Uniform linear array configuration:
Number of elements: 12
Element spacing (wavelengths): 1
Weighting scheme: hamming
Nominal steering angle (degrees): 15
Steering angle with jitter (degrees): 16.007
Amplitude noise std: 0.05
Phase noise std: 0.05

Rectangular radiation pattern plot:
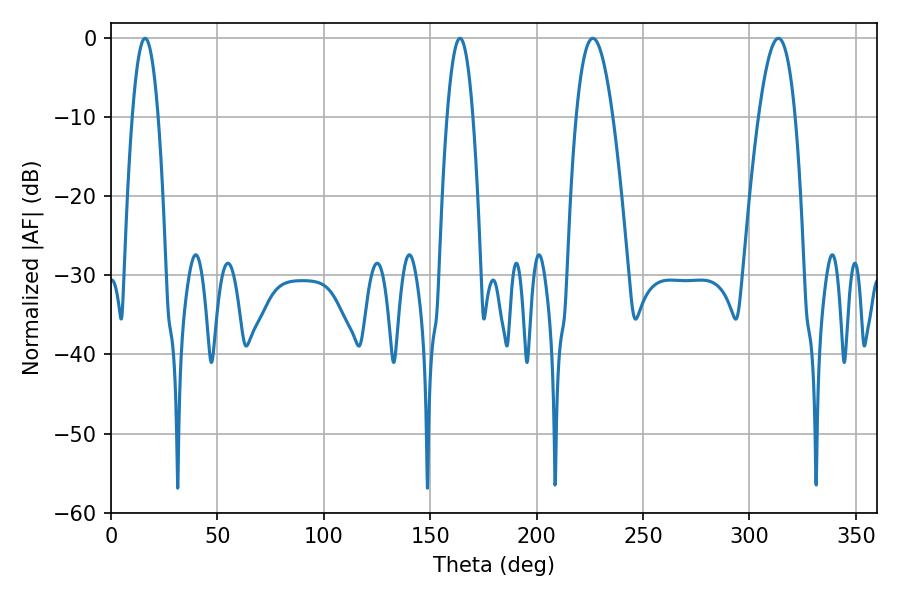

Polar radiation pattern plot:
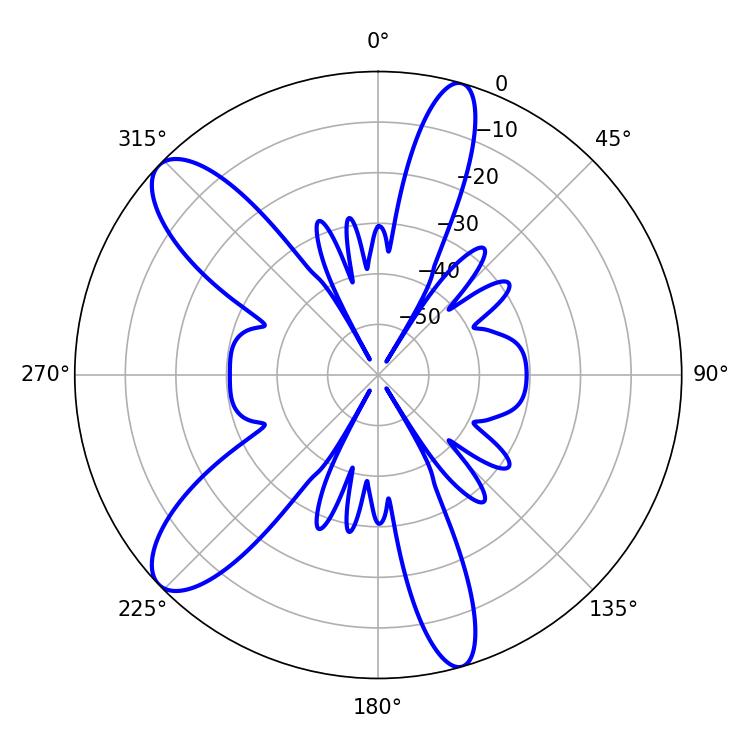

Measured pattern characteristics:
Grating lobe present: TRUE
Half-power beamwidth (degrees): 6.84
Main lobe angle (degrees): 16.02